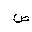
Letter: _sad